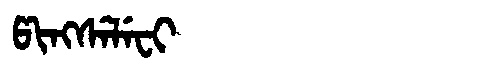
Manchu: ᡦᡳᠩᠰᡝᠯᡝᠸᡳ
Romanization: PINGSELEFI